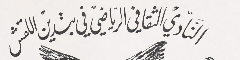
النَادي الثقافي الرياضي في بتدين اللقش